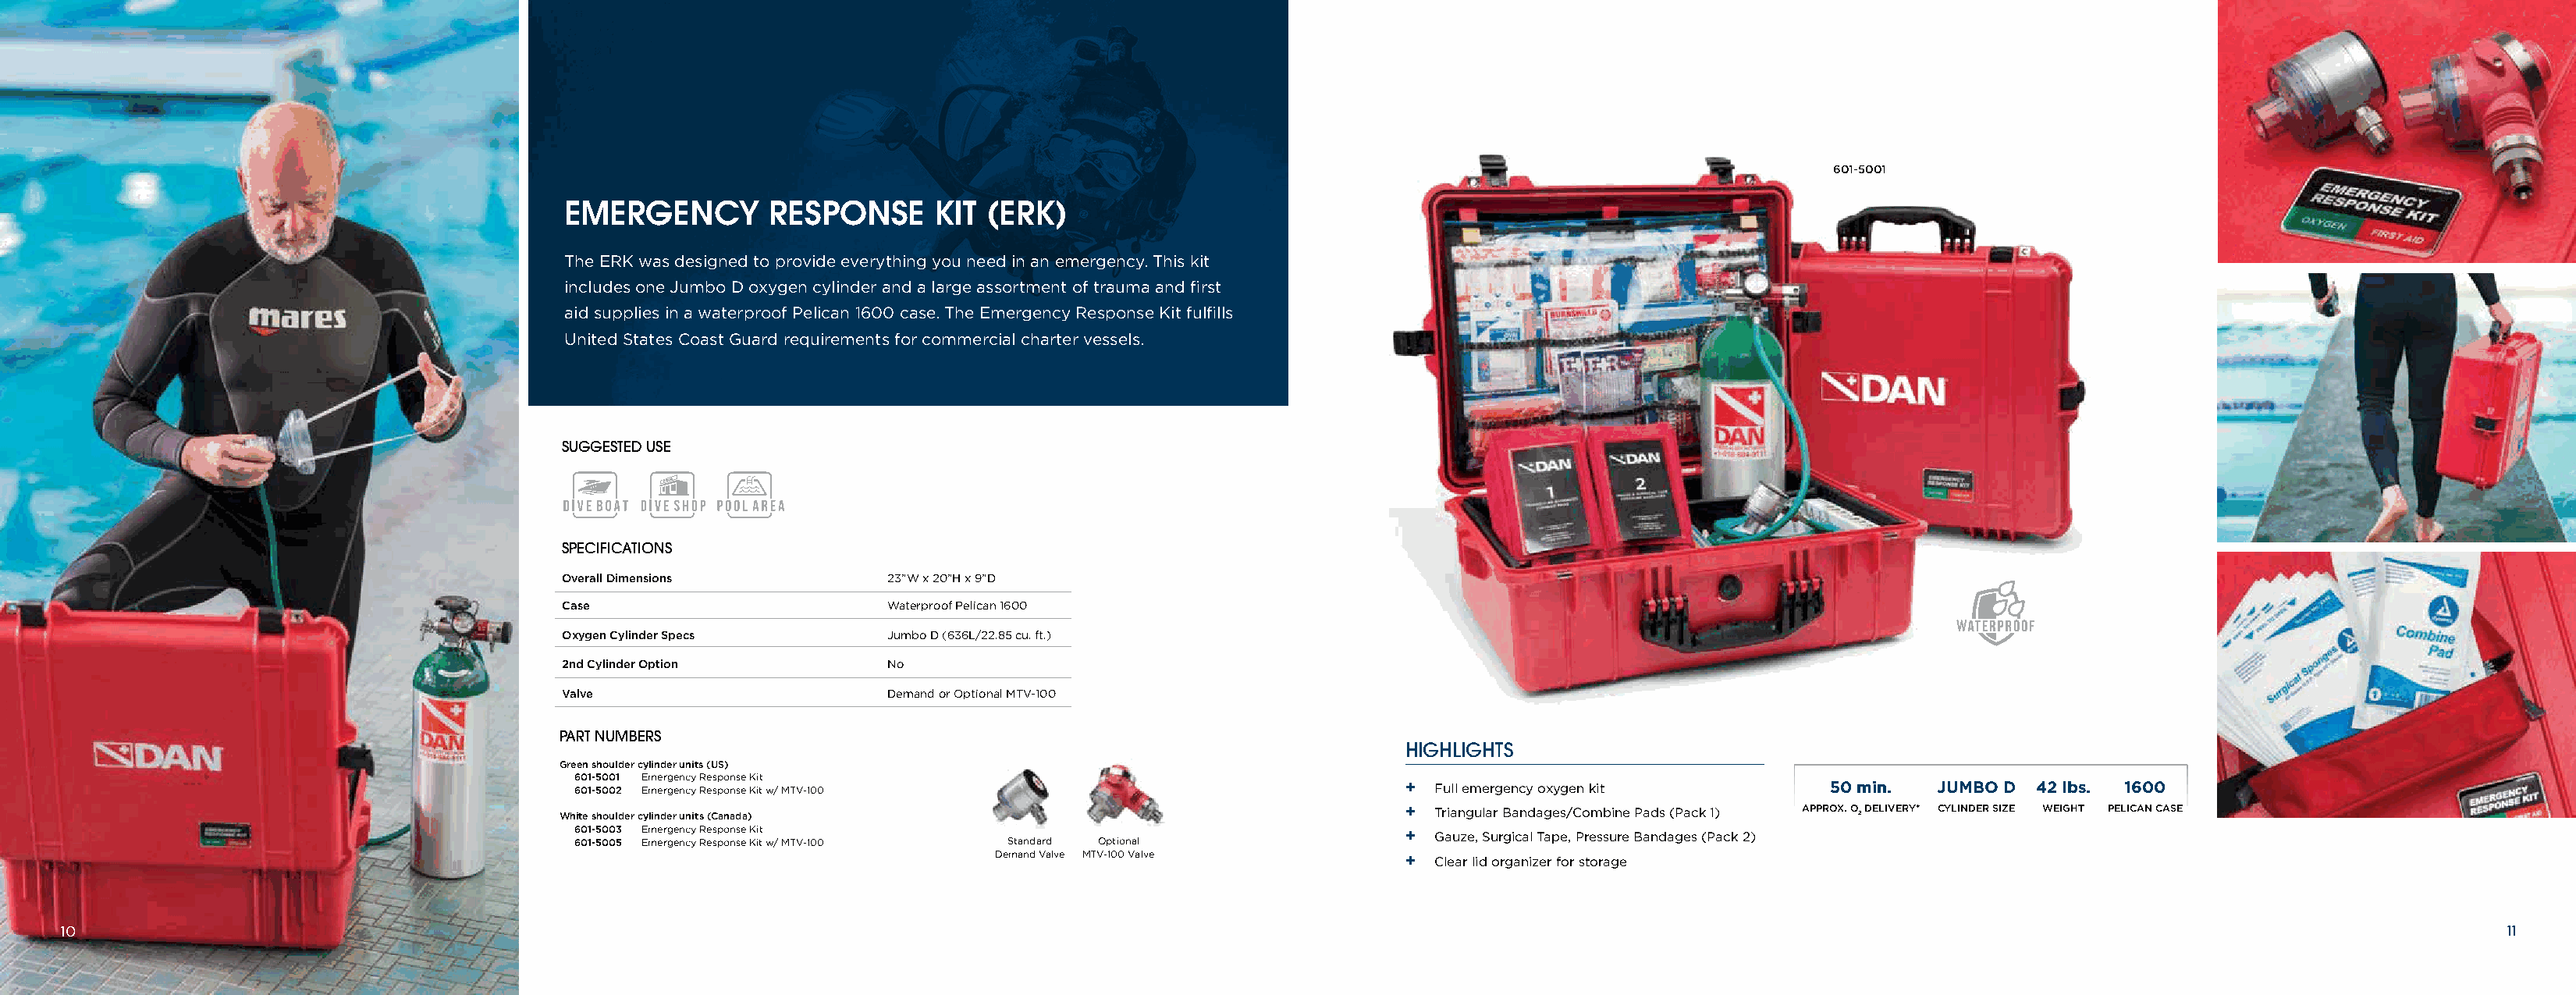
601-5001
 EMERGENCY        RESPONSE      KIT  (ERK)
 The ERK was designed to provide everything you need in an emergency. This kit
 includes one Jumbo D oxygen cylinder and a large assortment of trauma and first
 aid supplies in a waterproof Pelican 1600 case. The Emergency Response Kit fulfills
 United States Coast Guard requirements for commercial charter vessels.
 SUGGESTED USE
 SCUBA
 SPECIFICATIONS
 Overall Dimensions         23”W x 20”H x 9”D
 Case                       Waterproof Pelican 1600
 Oxygen Cylinder Specs      Jumbo D (636L/22.85 cu. ft.)
 2nd Cylinder Option        No
 Valve                      Demand or Optional MTV-100
 PART NUMBERS
 HIGHLIGHTS
 Green shoulder cylinder units (US)
 601-5001 Emergency Response Kit
 601-5002 Emergency Response Kit w/ MTV-100                            +  Full emergency oxygen kit        50 min.  JUMBO D  42 lbs. 1600
 White shoulder cylinder units (Canada)                                  +  Triangular Bandages/Combine Pads (Pack 1) APPROX. O 2 DELIVERY* CYLINDER SIZE WEIGHT PELICAN CASE
 601-5003 Emergency Response Kit                                       +  Gauze, Surgical Tape, Pressure Bandages (Pack 2)
 601-5005 Emergency Response Kit w/ MTV-100 Standard Optional
 Demand Valve MTV-100 Valve         +  Clear lid organizer for storage
 10                                                                                                                                                                                                              11